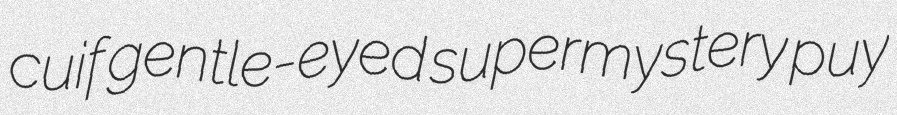
cuif gentle-eyed supermystery puy